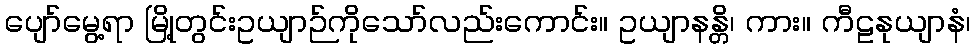
ပျော်မွေ့ရာ မြို့တွင်းဥယျာဉ်ကိုသော်လည်းကောင်း။ ဥယျာနန္တိ၊ ကား။ ကီဠနုယျာနံ၊